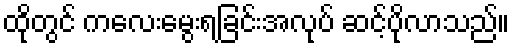
ထိုတွင် ကလေးမွေးရခြင်းအလုပ် ဆင့်ပိုလာသည်။